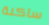
ساكنة